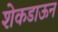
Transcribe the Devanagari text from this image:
शेकडाऊन